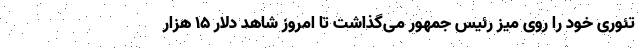
تئوری خود را روی میز رئیس جمهور می‌گذاشت تا امروز شاهد دلار 15 هزار